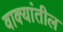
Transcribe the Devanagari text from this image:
वाक्यांतील